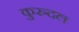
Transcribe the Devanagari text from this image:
कुरुदल